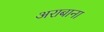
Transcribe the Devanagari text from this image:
अराबाना